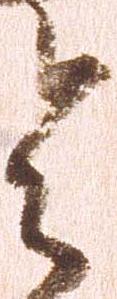
令